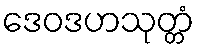
ဒေဝဒဟသုတ္တံ